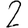
Digit: 2